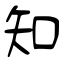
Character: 知